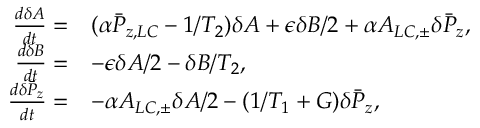
\begin{array} { r l } { \frac { d \delta A } { d t } = } & { ( \alpha \bar { P } _ { z , L C } - 1 / T _ { 2 } ) \delta A + \epsilon \delta B / 2 + \alpha A _ { L C , \pm } \delta \bar { P } _ { z } , } \\ { \frac { d \delta B } { d t } = } & { - \epsilon \delta A / 2 - \delta B / T _ { 2 } , } \\ { \frac { d \delta \bar { P } _ { z } } { d t } = } & { - \alpha A _ { L C , \pm } \delta A / 2 - ( 1 / T _ { 1 } + G ) \delta \bar { P } _ { z } , } \end{array}